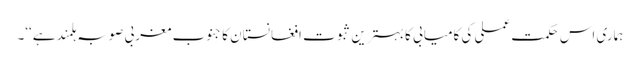
ہماری اس حکمت عملی کی کامیابی کا بہترین ثبوت افغانستان کا جنوب مغربی صوبہ ہلمند ہے‘‘۔